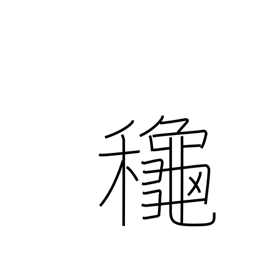
Meaning: autumn